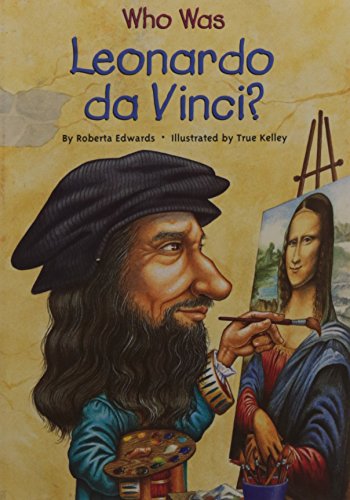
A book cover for Who Was Leonardo da Vinci?; Roberta Edwards; Literature & Fiction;